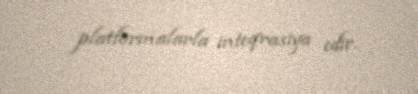
platformalarla inteqrasiya edir.